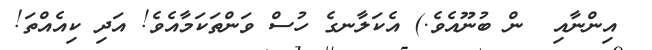
އިންނާއި  ން ބުނޫއެވެ.) އެކަލާނގެ ހުސް ވަންތަކަމާއެވެ! އަދި ކިއެއްތަ!